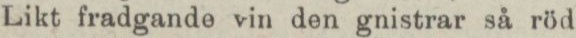
Likt fradgande vin den gnistrar så röd